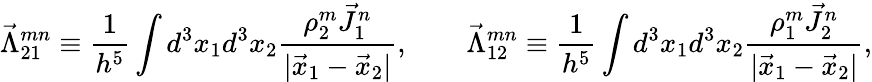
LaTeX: \vec{\Lambda}_{21}^{mn}\equiv\frac{1}{h^{5}}\int d^{3}x_{1}d^{3}x_{2}\frac{\rho_{2}^{m}\vec{J}_{1}^{n}}{|\vec{x}_{1}-\vec{x}_{2}|},\qquad\vec{\Lambda}_{12}^{mn}\equiv\frac{1}{h^{5}}\int d^{3}x_{1}d^{3}x_{2}\frac{\rho_{1}^{m}\vec{J}_{2}^{n}}{|\vec{x}_{1}-\vec{x}_{2}|},